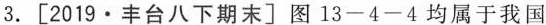
3.[2019\cdot丰台八下期末] 图13-4-4均属于我国